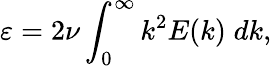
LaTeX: \varepsilon=2\nu\int_{0}^{\infty}k^{2}E(k)\; dk,